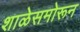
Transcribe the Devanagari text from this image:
शाळेसमोरून